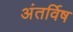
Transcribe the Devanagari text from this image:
अंतर्विष